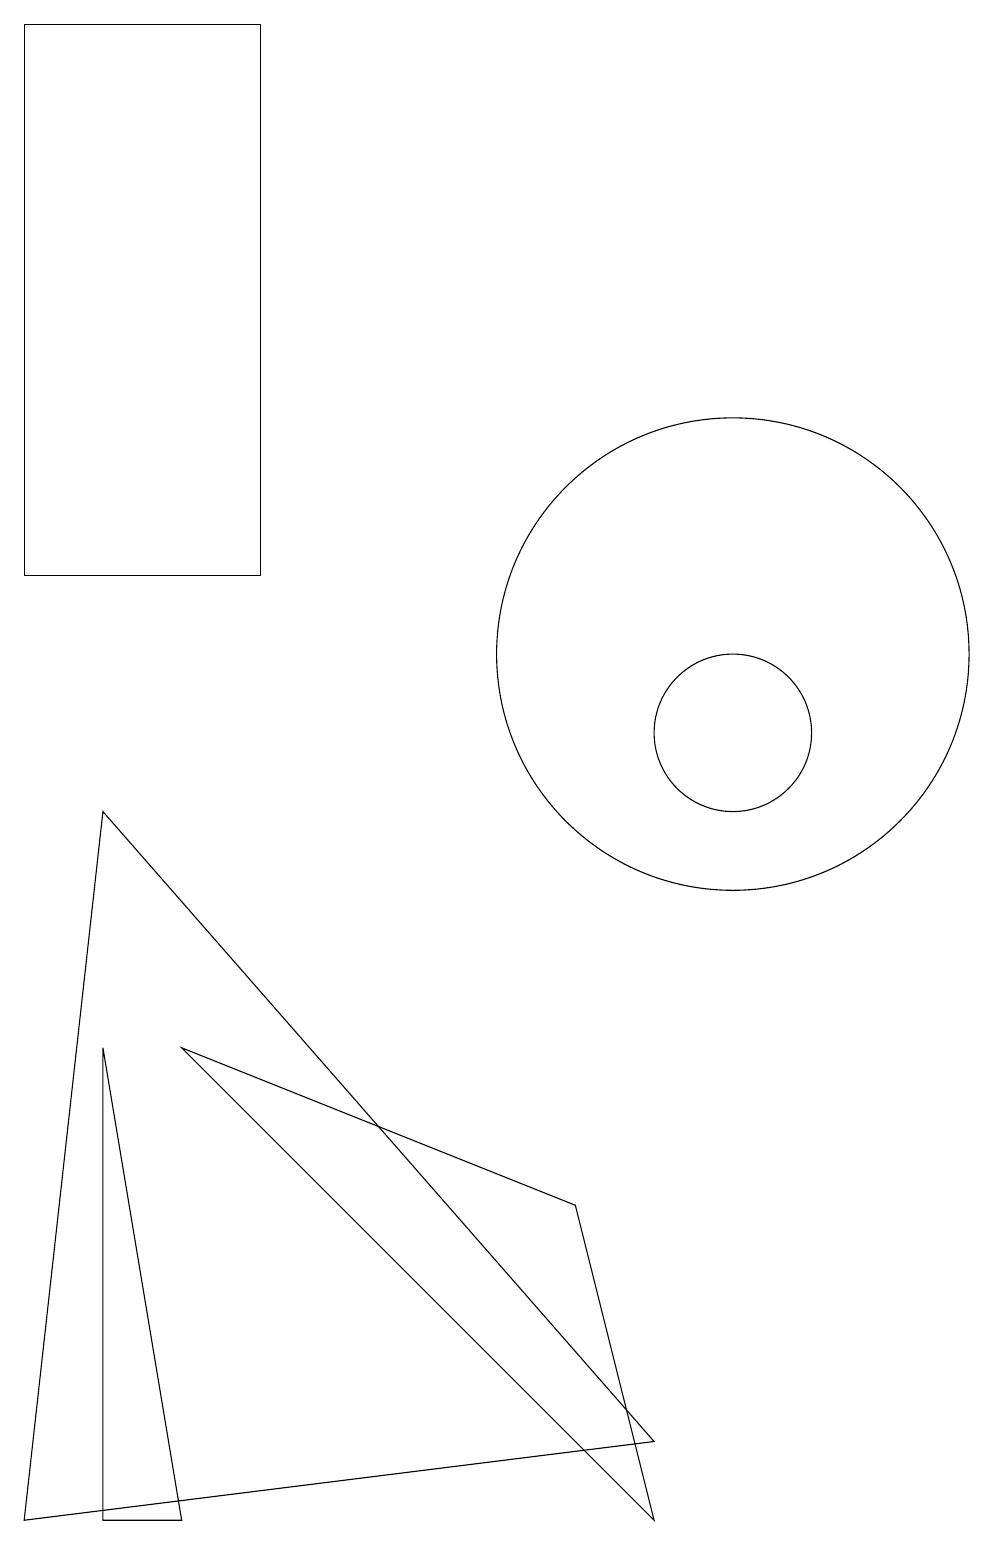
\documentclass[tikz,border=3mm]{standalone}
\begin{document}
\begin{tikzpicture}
\draw (3,6) -- (9,0) -- (8,4) -- cycle;
\draw (10,11) circle (3);
\draw (2,6) -- (3,0) -- (2,0) -- cycle;
\draw (1,19) rectangle (4,12);
\draw (1,0) -- (2,9) -- (9,1) -- cycle;
\draw (10,10) circle (1);
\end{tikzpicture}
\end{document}